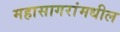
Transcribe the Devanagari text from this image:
महासागरांमधील